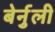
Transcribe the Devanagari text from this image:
बेर्नुली